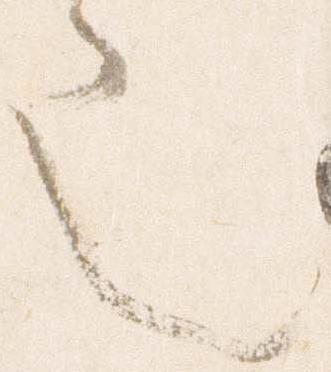
也